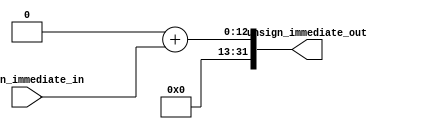
module unsign_extend(unsign_immediate_in, unsign_immediate_out);

input [11:0]unsign_immediate_in;
output[31:0]unsign_immediate_out;
wire 	[31:0]unsign_immediate_out;
wire 	[31:0]temp;

assign temp=32'b0;
assign unsign_immediate_out=temp+unsign_immediate_in;

endmodule